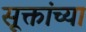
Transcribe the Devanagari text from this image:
सूक्तांच्या